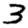
Digit: 3